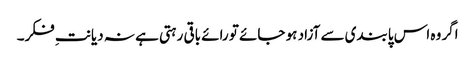
اگر وہ اس پابندی سے آزاد ہو جائے تو رائے باقی رہتی ہے نہ دیانتِ فکر۔